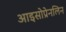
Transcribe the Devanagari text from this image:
आइसोप्रेनलिन